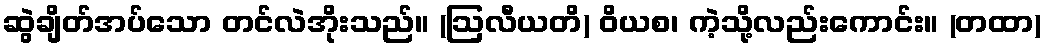
ဆွဲချိတ်အပ်သော တင်လဲအိုးသည်။ (ဩလီယတိ) ဝိယစ၊ ကဲ့သို့လည်းကောင်း။ (တထာ)